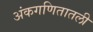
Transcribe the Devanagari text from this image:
अंकगणितातली